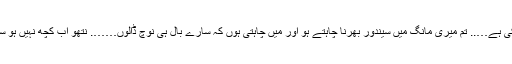
’’تم بار بار پتی نہ کہو نتھو………. میری جوانی میری آشا، میری دنیا، کبھی کی ودھوا ہو چکی ہے….. تم میری مانگ میں سیندور بھرنا چاہتے ہو اور میں چاہتی ہوں کہ سارے بال ہی نوچ ڈالوں……. نتھو اب کچھ نہیں ہو سکے گا……. میری جھولی کے بیر زمین پر گر کر….. سب کے سب موری میں جا پڑے ہیں۔